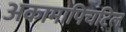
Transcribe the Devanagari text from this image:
अकामापिचट्लि